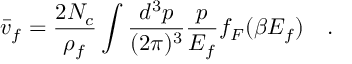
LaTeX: \bar { v } _ { f } = \frac { 2 N _ { c } } { \rho _ { f } } \int \frac { d ^ { 3 } p } { ( 2 \pi ) ^ { 3 } } \frac { p } { E _ { f } } f _ { F } ( \beta E _ { f } ) \quad .